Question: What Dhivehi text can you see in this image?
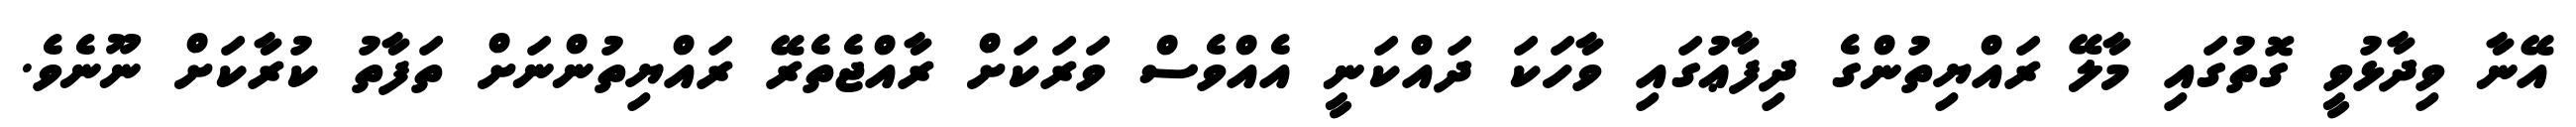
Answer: އޭނާ ވިދާޅުވީ ގޮތުގައި މާލޭ ރައްޔިތުންގެ ދިފާޢުގައި ވާހަކަ ދައްކަނީ އެއްވެސް ވަރަކަށް ރާއްޖެތެރޭ ރައްޔިތުންނަށް ތަފާތު ކުރާކަށް ނޫނެވެ.